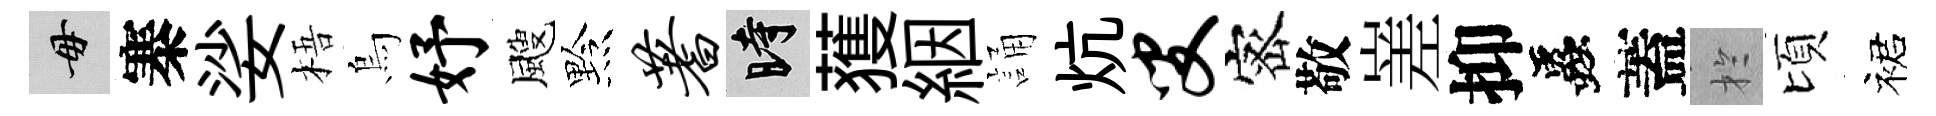
毋寨娑梧烏妤颼黔蓍时𫉬絪誦炕叟宻敬嵳抑蟲蓋扵頃裙